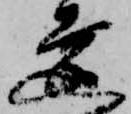
達